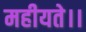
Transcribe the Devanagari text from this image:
महीयते।।